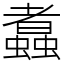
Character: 䘄